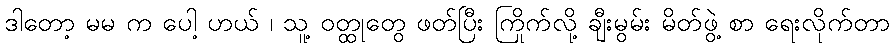
ဒါတော့ မမ က ပေါ့ ဟယ် ၊ သူ့ ဝတ္ထုတွေ ဖတ်ပြီး ကြိုက်လို့ ချီးမွမ်း မိတ်ဖွဲ့ စာ ရေးလိုက်တာ